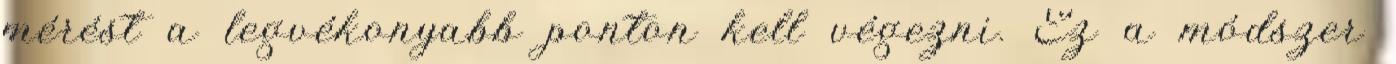
mérést a legvékonyabb ponton kell végezni. Ez a módszer